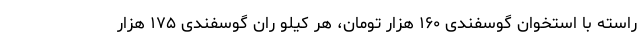
راسته با استخوان گوسفندی ۱۶۰ هزار تومان، هر کیلو ران گوسفندی ۱۷۵ هزار